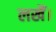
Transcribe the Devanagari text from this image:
लखैं।